Vaccination North-Western Provinces 1866-1877 - 1866-1877
Year: 1866
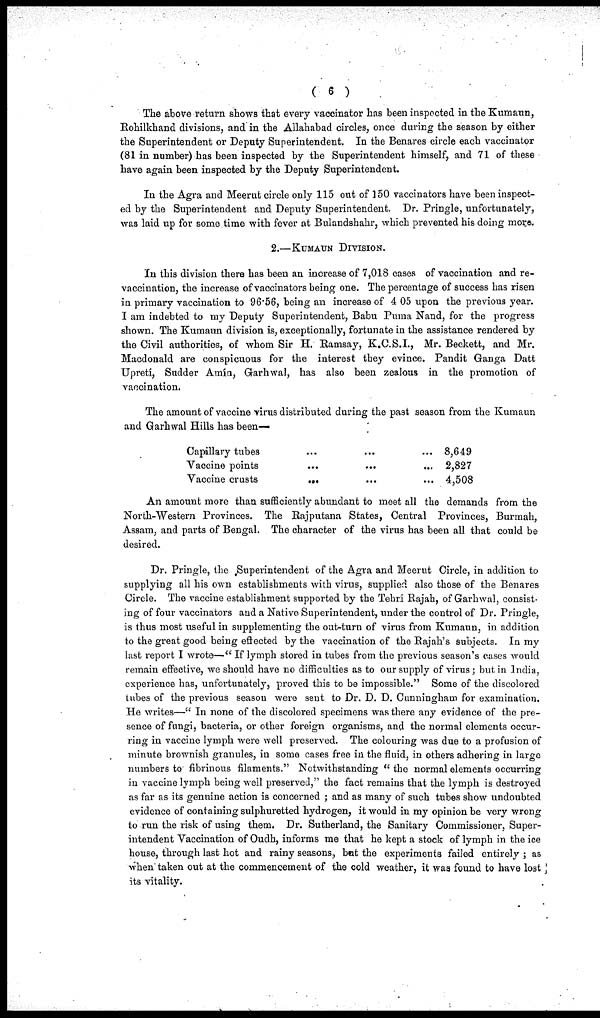
( 6 )
The above return shows that every vaccinator has been inspected in the Kumaun,
Rohilkhand divisions, and in the Allahabad circles, once during the season by either
the Superintendent or Deputy Superintendent. In the Benares circle each vaccinator
(81 in number) has been inspected by the Superintendent himself, and 71 of these
have again been inspected by the Deputy Superintendent.
In the Agra and Meerut circle only 115 out of 150 vaccinators have been inspect-
ed by the Superintendent and Deputy Superintendent. Dr. Pringle, unfortunately,
was laid up for some time with fever at Bulandshahr, which prevented his doing more.
2.— KUMAUN DIVISION.
In this division there has been an increase of 7,018 cases of vaccination and re-
vaccination, the increase of vaccinators being one. The percentage of success has risen
in primary vaccination to 96.56, being an increase of 4 05 upon the previous year.
I am indebted to my Deputy Superintendent, Babu Puma Nand, for the progress
shown. The Kumaun division is, exceptionally, fortunate in the assistance rendered by
the Civil authorities, of whom Sir H. Ramsay, K.C.S.I., Mr. Beckett, and Mr.
Macdonald are conspicuous for the interest they evince. Pandit Ganga Datt
Upretí, Sudder Amin, Garhwal, has also been zealous in the promotion of
vaccination.
The amount of vaccine virus distributed during the past season from the Kumaun
and Garhwal Hills has been—
Capillary tubes ... ... ...
Vaccine points
...
...
...
Vaccine crusts ... ... ...
8,649
2,827
4,508
An amount more than sufficiently abundant to meet all the demands from the
North-Western Provinces. The Rajputana States, Central Provinces, Burmah,
Assam, and parts of Bengal. The character of the virus has been all that could be
desired.
Dr. Pringle, the Superintendent of the Agra and Meerut Circle, in addition to
supplying all his own establishments with virus, supplied also those of the Benares
Circle. The vaccine establishment supported by the Tehri Rajah, of Garhwal, consist-
ing of four vaccinators and a Native Superintendent, under the control of Dr. Pringle,
is thus most useful in supplementing the out-turn of virus from Kumaun, in addition
to the great good being effected by the vaccination of the Rajah's subjects. In my
last report I wrote— "If lymph stored in tubes from the previous season's cases would
remain effective, we should have no difficulties as to our supply of virus; but in India,
experience has, unfortunately, proved this to be impossible." Some of the discolored
tubes of the previous season were sent to Dr. D. D. Cunningham for examination.
He writes— "In none of the discolored specimens was there any evidence of the pre-
sence of fungi, bacteria, or other foreign organisms, and the normal elements occur-
ring in vaccine lymph were well preserved. The colouring was due to a profusion of
minute brownish granules, in some cases free in the fluid, in others adhering in large
numbers to fibrinous filaments." Notwithstanding "the normal elements occurring
in vaccine lymph being well preserved," the fact remains that the lymph is destroyed
as far as its genuine action is concerned; and as many of such tubes show undoubted
evidence of containing sulphuretted hydrogen, it would in my opinion be very wrong
to run the risk of using them. Dr. Sutherland, the Sanitary Commissioner, Super-
intendent Vaccination of Oudh, informs me that he kept a stock of lymph in the ice
house, through last hot and rainy seasons, but the experiments failed entirely; as
when taken out at the commencement of the cold weather, it was found to have lost
its vitality.